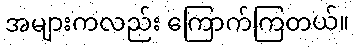
အများကလည်း ကြောက်ကြတယ်။